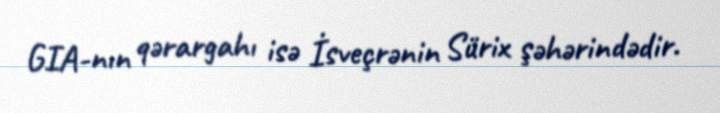
GIA-nın qərargahı isə İsveçrənin Sürix şəhərindədir.